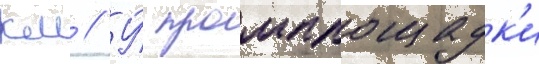
км // У́ промплощадк'и